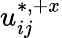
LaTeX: u_{ij}^{\ast,+x}